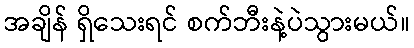
အချိန် ရှိသေးရင် စက်ဘီးနဲ့ပဲသွားမယ်။